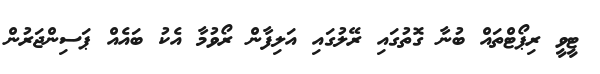
ޓީވީ ރިޕޯޓްތައް ބުނާ ގޮތުގައި ރޭލުގައި އަލިފާން ރޯވުމާ އެކު ބައެއް ޕަސިންޖަރުން